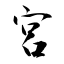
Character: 宮